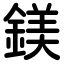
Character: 鎂